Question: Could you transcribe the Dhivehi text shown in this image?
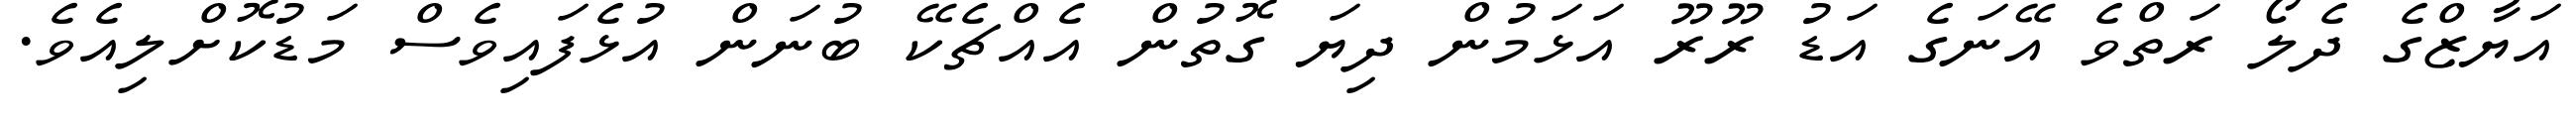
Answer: އަޔާޒްގެ ދެލޯ ރަތްވެ އޭނަގެ އަޑު ރޫރޫ އަޅަމުން ދިޔަ ގޮތުން އެއްޗެކޭ ބުނަން އުޅެފައިވެސް މަޑުކޮށްލިއެވެ.